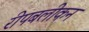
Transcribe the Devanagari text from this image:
रीपबलीकन